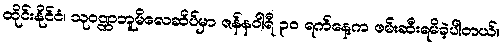
ထိုင်းနိုင်ငံ၊ သုဝဏ္ဏဘူမိလေဆိပ်မှာ ဇန်နဝါရီ ၃၀ ရက်နေ့က ဖမ်းဆီးရမိခဲ့ပါတယ်။